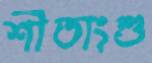
শীতাংশু